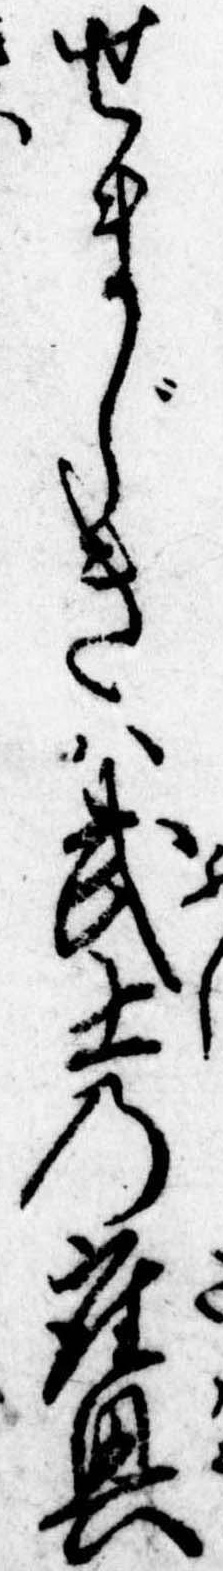
せまじきは武士の座興